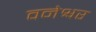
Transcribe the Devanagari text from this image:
वनेश्वर